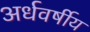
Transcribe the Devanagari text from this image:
अर्धवर्षीय